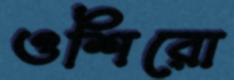
ওশিরো